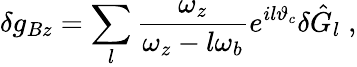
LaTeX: \delta g_{Bz}=\sum_{l}\frac{\omega_{z}}{\omega_{z}-l\omega_{b}}e^{il\vartheta_{c}}\delta\hat{G}_{l}\; ,